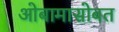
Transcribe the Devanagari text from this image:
ओबामासोबत